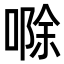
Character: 𪡷